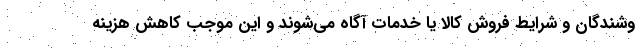
وشندگان و شرایط فروش کالا یا خدمات آگاه می‌شوند و این موجب کاهش هزینه